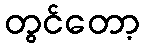
တွင်တော့